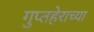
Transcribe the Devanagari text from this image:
गुप्तहेराच्या